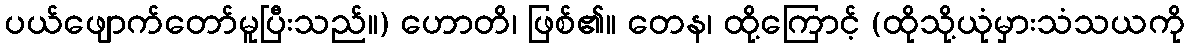
ပယ်ဖျောက်တော်မူပြီးသည်။) ဟောတိ၊ ဖြစ်၏။ တေန၊ ထို့ကြောင့် (ထိုသို့ယုံမှားသံသယကို